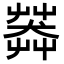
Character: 𦷶